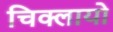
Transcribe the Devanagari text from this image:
चिक्लायो